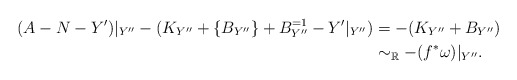
\begin{align*}(A-N-Y')|_{Y''}-(K_{Y''}+\{B_{Y''}\}+B_{Y''}^{=1}-Y'|_{Y''})&=-(K_{Y''}+B_{Y''})\\&\sim _{\mathbb R} -(f^*\omega)|_{Y''}. \end{align*}